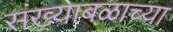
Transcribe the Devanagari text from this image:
संख्याबळाच्या